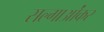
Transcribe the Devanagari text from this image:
सल्गाओंकर